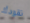
نقودك